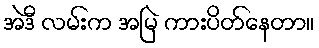
အဲဒီ လမ်းက အမြဲ ကားပိတ်နေတာ။